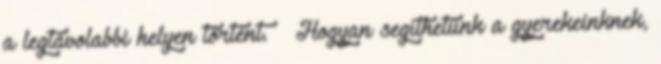
a legtávolabbi helyen történt. – Hogyan segíthetünk a gyerekeinknek,